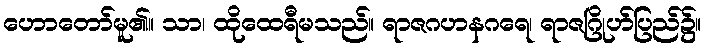
ဟောတော်မူ၏။ သာ၊ ထိုထေရီမသည်။ ရာဇဂဟနဂရေ၊ ရာဇဂြိုဟ်ပြည်၌။